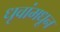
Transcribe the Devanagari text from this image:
धृवांमधून